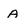
Character: A